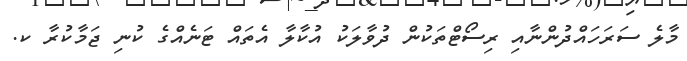
މާލެ ސަރަހައްދުންނާއި ރިސޯޓްތަކުން ދުވާލަކު އުކާލާ އެތައް ޓަނެއްގެ ކުނި ޖަމާކުރާ ކ.